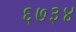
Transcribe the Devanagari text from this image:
६७३४